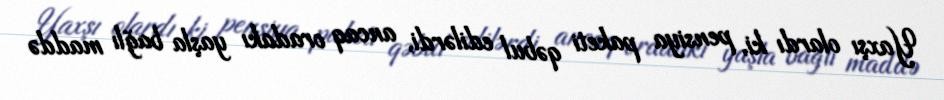
Yaxşı olardı ki, pensiya paketi qəbul edilərdi, ancaq oradakı yaşla bağlı maddə